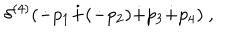
\delta ^ { ( 4 ) } ( \dot { - } p _ { 1 } \dot { + } ( \dot { - } p _ { 2 } ) \dot { + } p _ { 3 } \dot { + } p _ { 4 } ) ~ ,